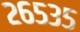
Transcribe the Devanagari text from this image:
२६५३५